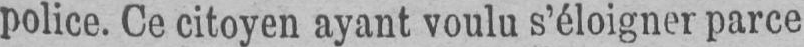
police. Ce citoyen ayant voulu s’éloigner parce